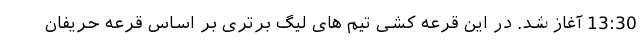
13:30 آغاز شد. در این قرعه کشی تیم های لیگ برتری بر اساس قرعه حریفان